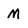
Character: M